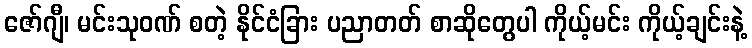
ဇော်ဂျီ၊ မင်းသုဝဏ် စတဲ့ နိုင်ငံခြား ပညာတတ် စာဆိုတွေပါ ကိုယ့်မင်း ကိုယ့်ချင်းနဲ့